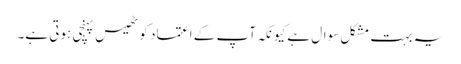
یہ بہت مشکل سوال ہے کیونکہ آپ کے اعتماد کو ٹھیس پہنچی ہوتی ہے۔